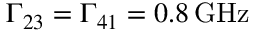
\Gamma _ { 2 3 } = \Gamma _ { 4 1 } = 0 . 8 \, \mathrm { G H z }